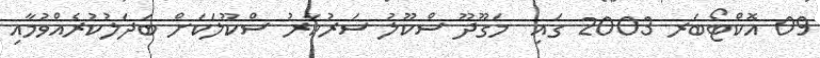
09 އޮކްޓޯބަރ 2003 ގައި  މަގޫދޫ ސްކޫލު ސަރުކާރު ސްކޫލަކަށް ބަދަލުކުރެއްވުމާއި